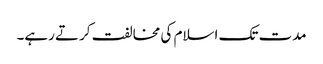
مدت تک اسلام کی مخالفت کرتے رہے۔